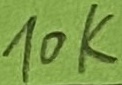
Text: 10K